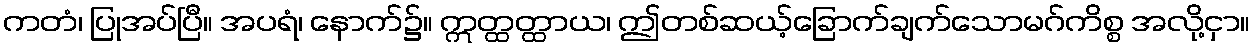
ကတံ၊ ပြုအပ်ပြီ။ အပရံ၊ နောက်၌။ ဣတ္ထတ္ထာယ၊ ဤတစ်ဆယ့်ခြောက်ချက်သောမဂ်ကိစ္စ အလို့ငှာ။